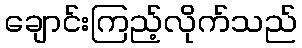
ချောင်းကြည့်လိုက်သည်